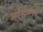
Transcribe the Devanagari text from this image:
महिम्नो